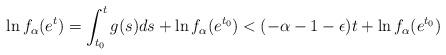
LaTeX: \begin{align*}\ln f_\alpha(e^{t}) = \int_{t_0}^t g(s)ds + \ln f_\alpha(e^{t_0}) < (-\alpha - 1 - \epsilon)t+\ln f_\alpha(e^{t_0})\end{align*}